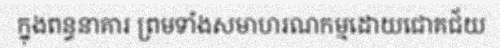
ក្នុងពន្ធនាគារ ព្រមទាំងសមាហរណកម្មដោយជោគជ័យ